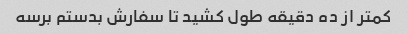
کمتر از ده دقیقه طول کشید تا سفارش بدستم برسه